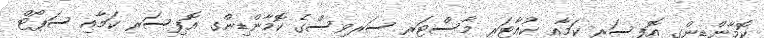
ކޮމާންޑިންގ އޮފިސަރ ކަމާއި ކުއާޓަރ މާސްޓަރ ސަރވިސްގެ ކޮމާންޑިންގ އޮފިސަރ ކަމާއި ސަޕޯޓް